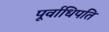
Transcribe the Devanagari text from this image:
पूर्वाधिपति